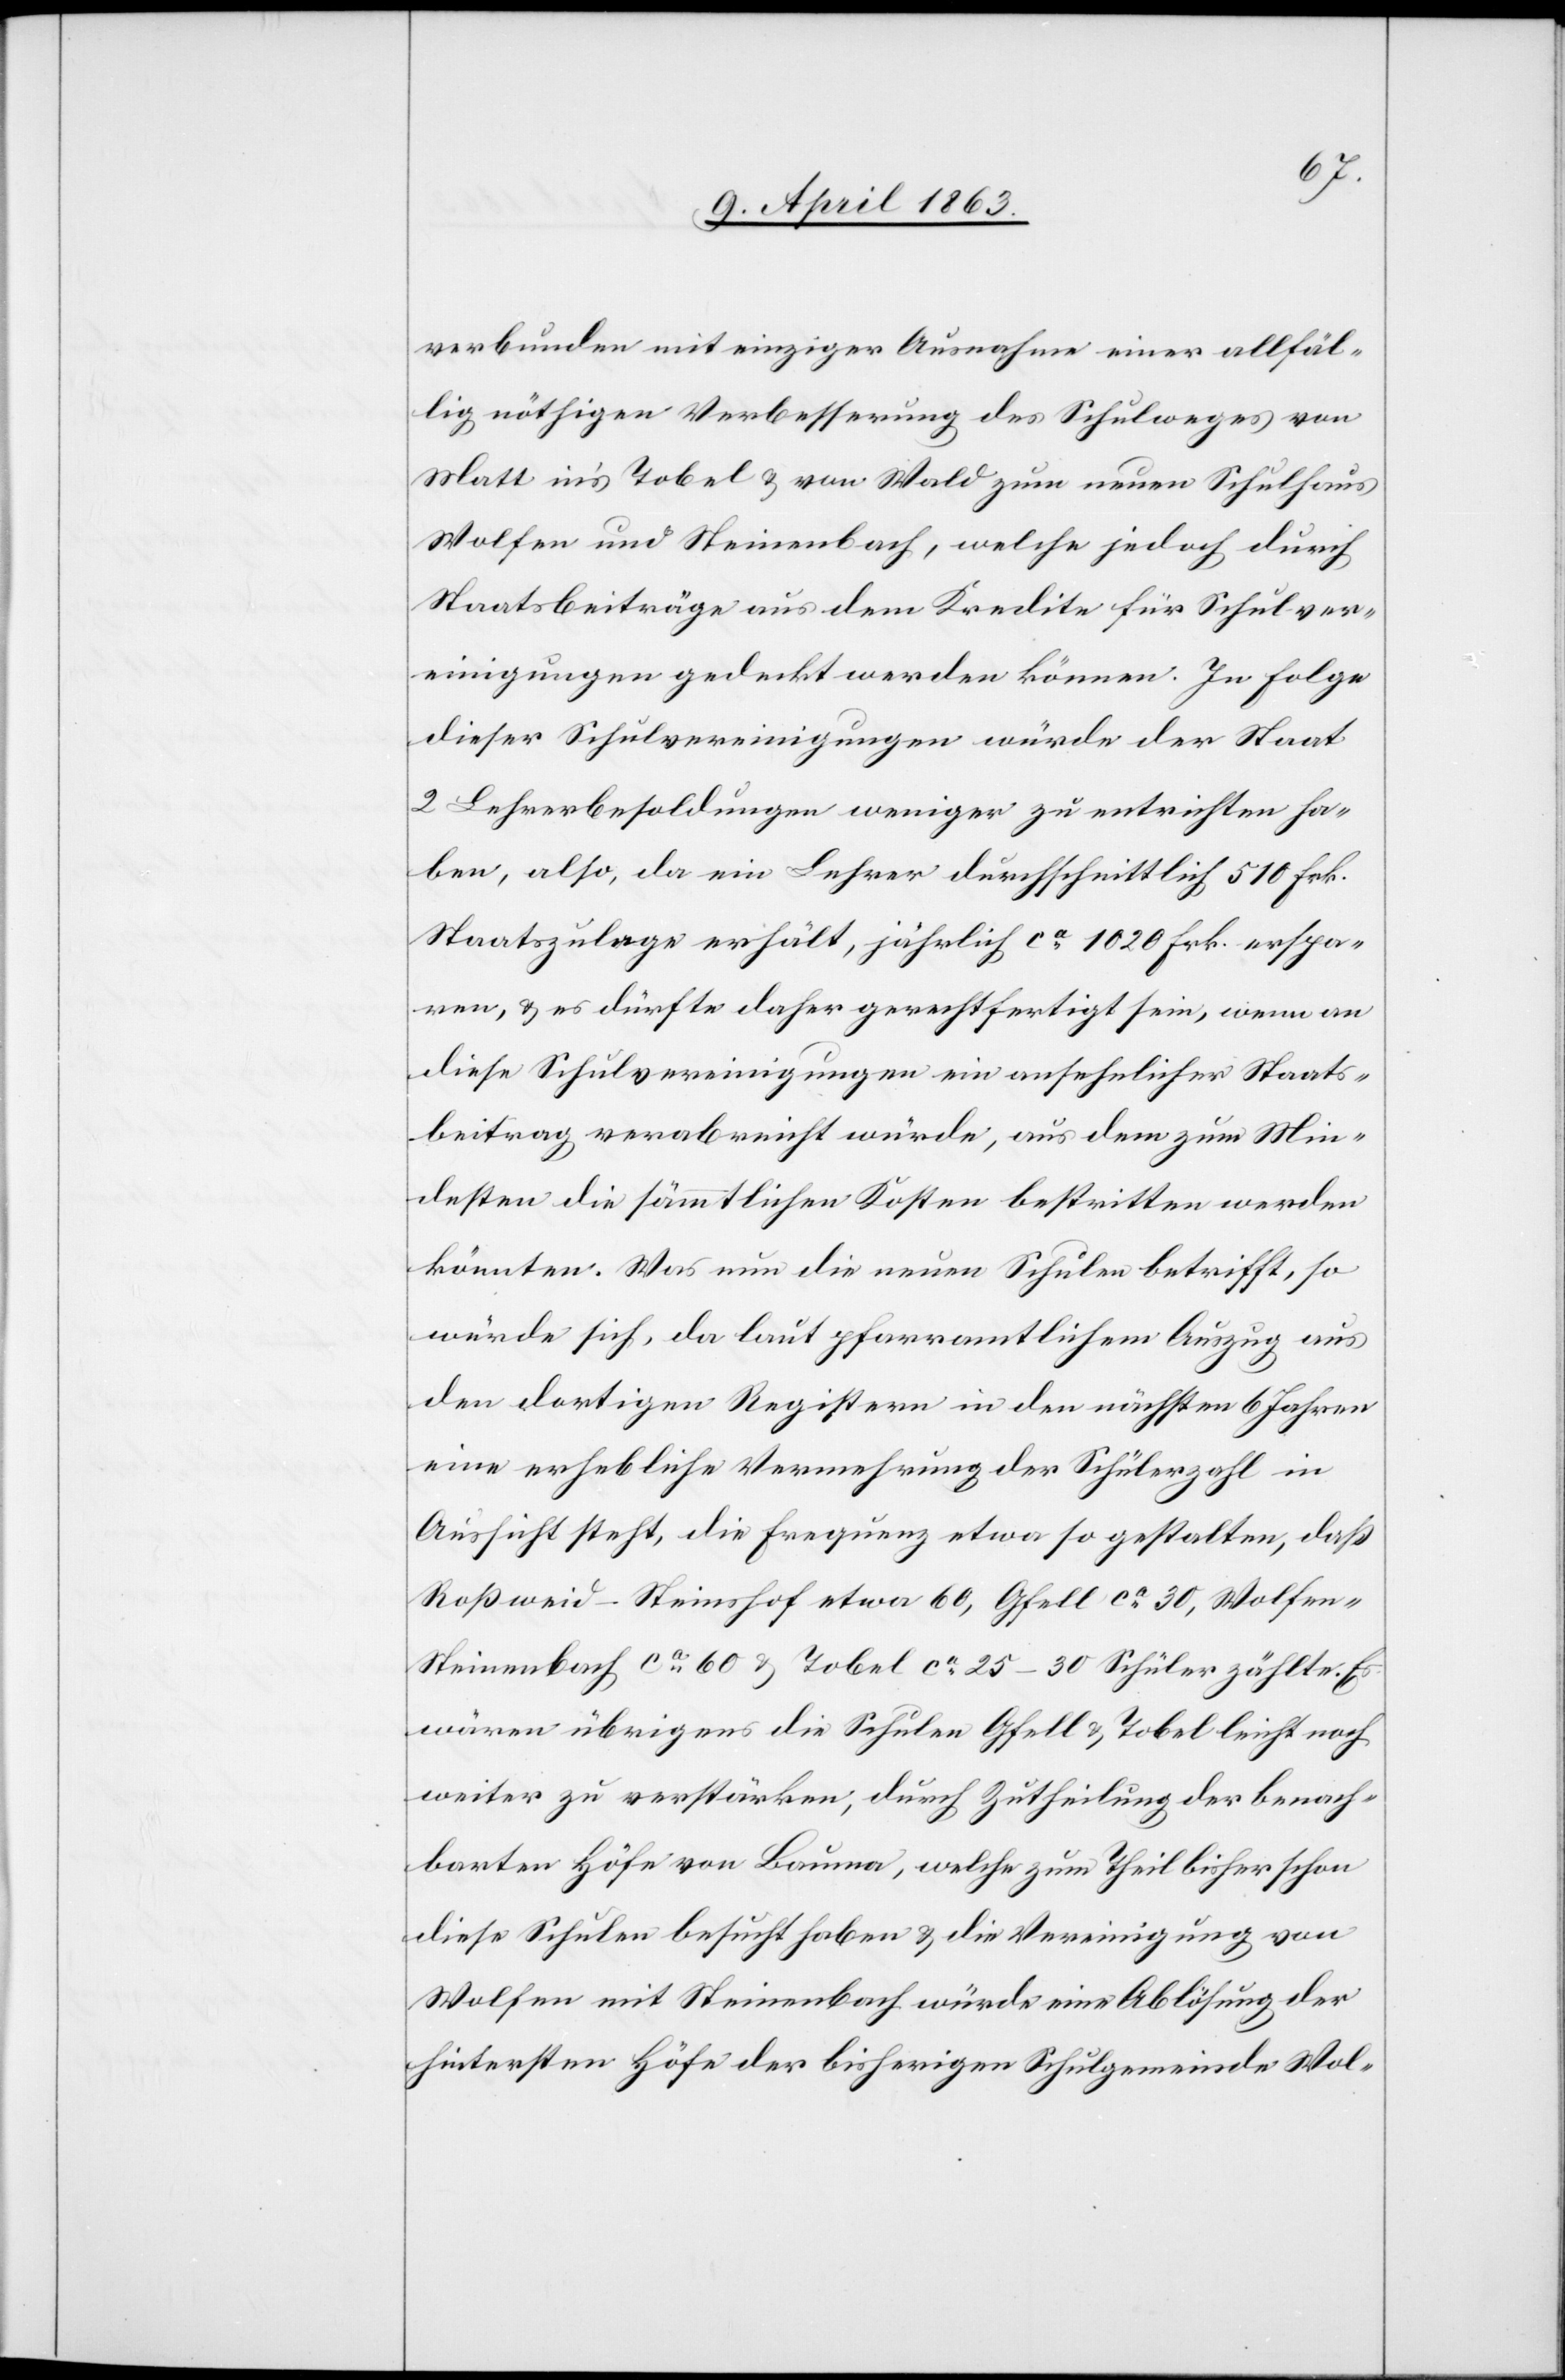
verbunden mit einziger Ausnahme einer allfäl¬
lig nöthigen Verbesserung des Schulweges von
Matt in's Tobel & von Wald zum neuen Schulhaus
Wolfen und Steinenbach, welche jedoch durch
Staatsbeiträge aus dem Kredite für Schulver¬
einigungen gedeckt werden können. In Folge
dieser Schulvereinigungen würde der Staat
2 Lehrerbesoldungen weniger zu entrichten ha¬
ben, also, da ein Lehrer durchschnittlich 510 Frk.
Staatszulage erhält, jährlich ca 1020 Frk. erspa¬
ren, & es dürfte daher gerechtfertigt sein, wenn an
diese Schulvereinigungen ein ansehnlicher Staats¬
beitrag verabreicht würde, aus dem zum Min¬
desten die sämmtlichen Kosten bestritten werden
könnten. Was nun die neue Schulen betrifft, so
würde sich, da laut pfarramtlichem Auszug aus
den dortigen Registern in den nächsten 6 Jahren
eine erhebliche Vermehrung der Schülerzahl in
Aussicht steht, die Frequenz etwa so gestalten, daß
Roßweid-Steinshof etwa 60, Gfell ca 30, Wolfen-S¬
teinenbach ca 60 & Tobel ca 25–30 Schüler zählte. Es
wären übrigens die Schulen Gfell & Tobel leicht noch
weiter zu verstärken, durch Zutheilung der benach¬
barten Höfe von Bauma, welche zum Theil bisher schon
diese Schulen besucht haben & die Vereinigung von
Wolfen mit Steinenbach würde eine Ablösung der
hintersten Höfe der bisherigen Schulgemeinde Wol-